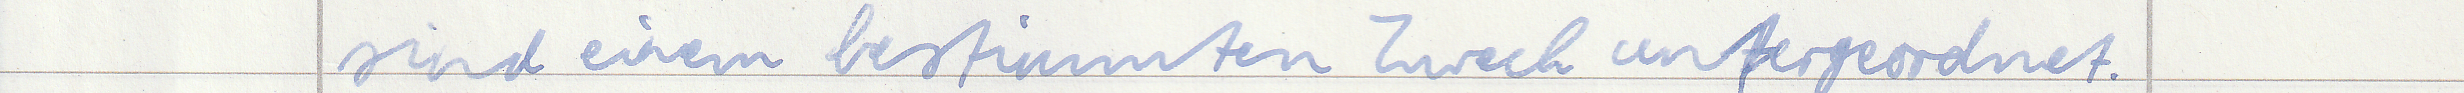
sind einem bestimmten Zweck untergeordnet.